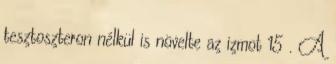
tesztoszteron nélkül is növelte az izmot 15 . A